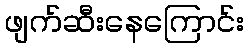
ဖျက်ဆီးနေကြောင်း